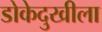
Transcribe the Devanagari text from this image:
डोकेदुखीला